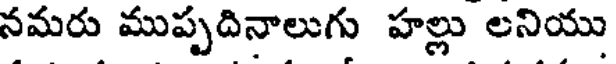
నమరు ముప్పదినాలుగు హల్లు లనియు